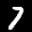
Label: 7